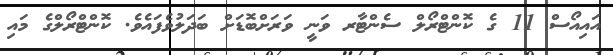
އައިއޯސް 11 ގެ ކޮންޓްރޯލް ސެންޓާރ ވަނީ ވަރަށްބޮޑަށް ބަދަލުވެފައެވެ. ކޮންޓްރޯލްގެ މައި